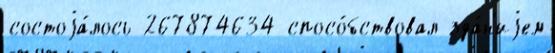
состоjа́лось 267874634 спосо́бствовал зда́н'иjем